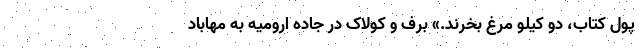
پول کتاب، دو کیلو مرغ بخرند.» برف و کولاک در جاده ارومیه به مهاباد